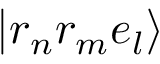
\vert r _ { n } r _ { m } e _ { l } \rangle